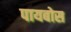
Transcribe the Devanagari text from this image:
पायबोस